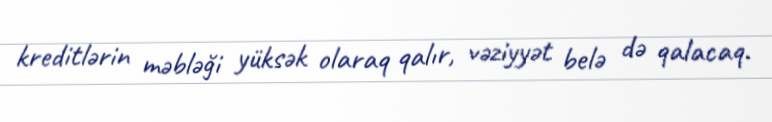
kreditlərin məbləği yüksək olaraq qalır, vəziyyət belə də qalacaq.